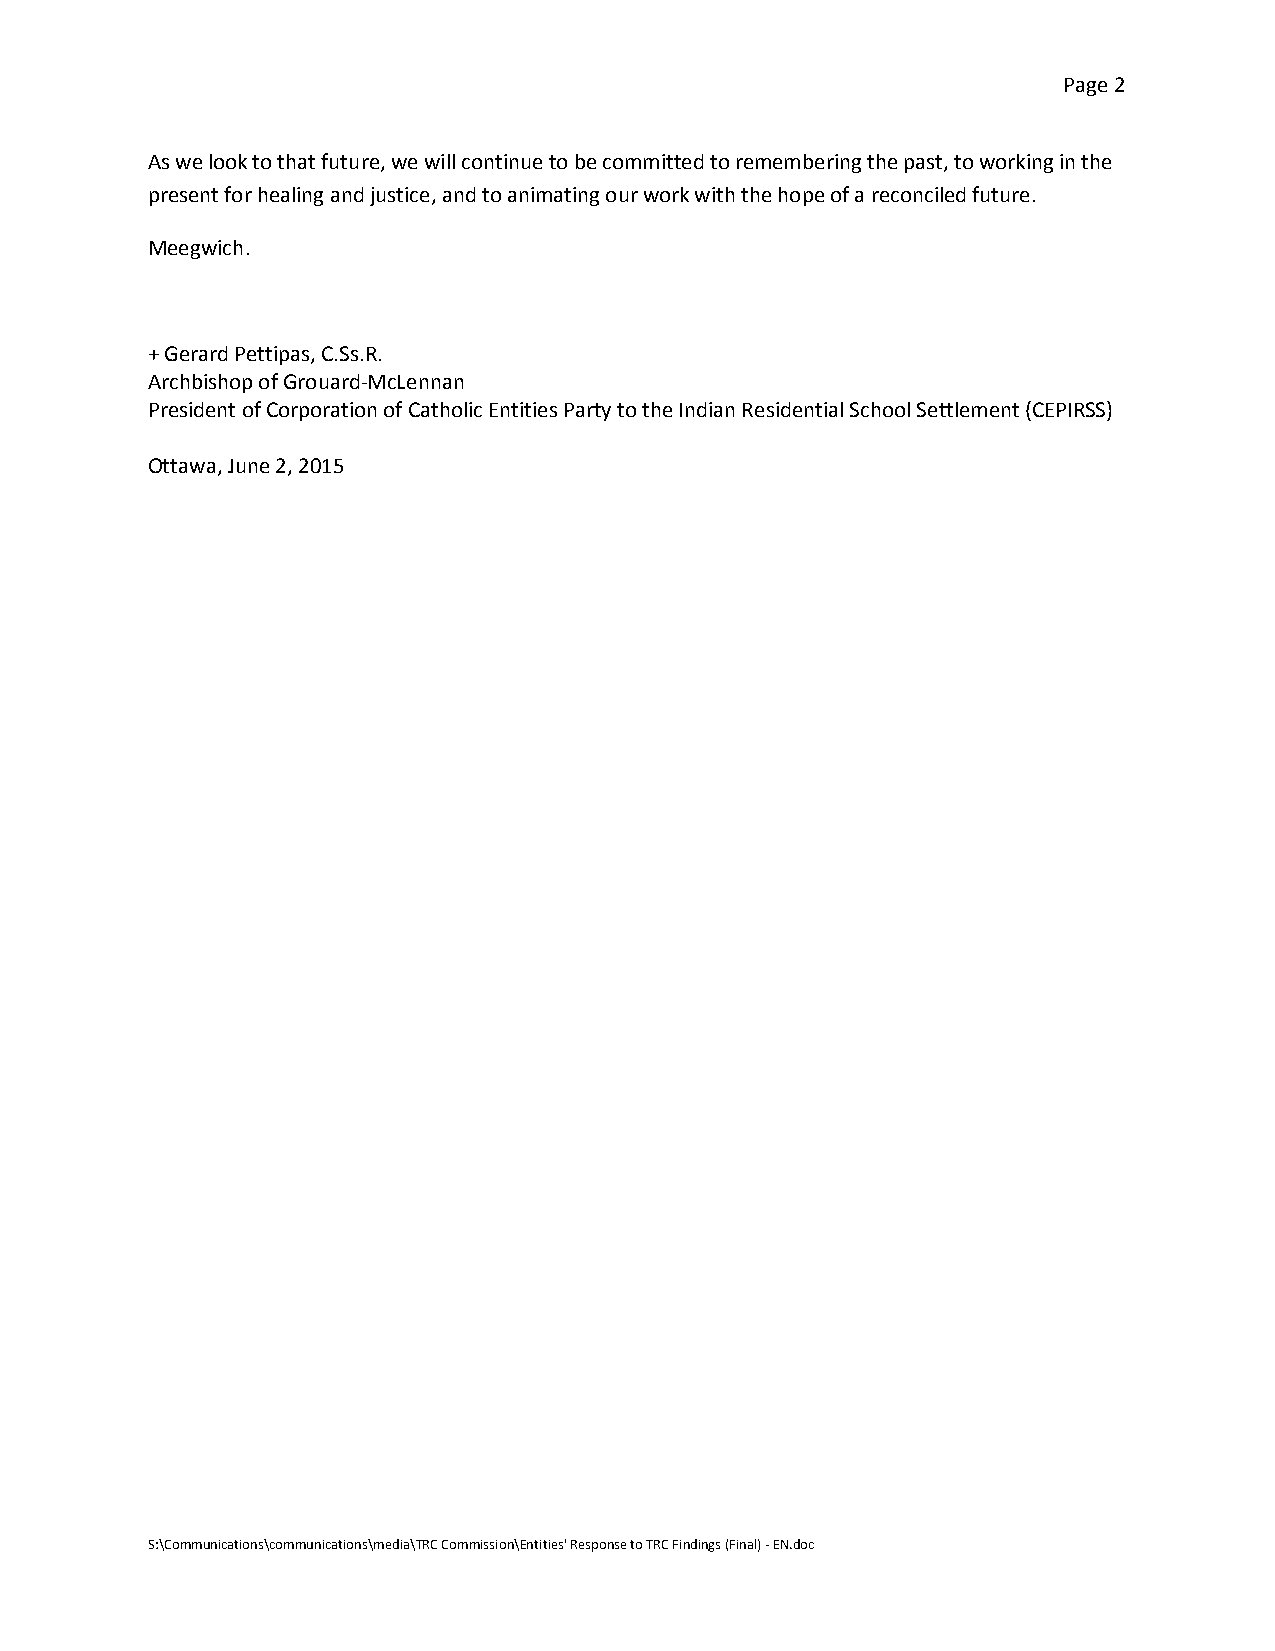
Page 2
 As we look to that future, we will continue to be committed to remembering the past, to working in the
 present for healing and justice, and to animating our work with the hope of a reconciled future.
 Meegwich.
 + Gerard Pettipas, C.Ss.R.
 Archbishop of Grouard-McLennan
 President of Corporation of Catholic Entities Party to the Indian Residential School Settlement (CEPIRSS)
 Ottawa, June 2, 2015
 S:\Communications\communications\media\TRC Commission\Entities' Response to TRC Findings (Final) - EN.doc